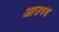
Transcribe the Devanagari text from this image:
आउषध